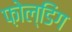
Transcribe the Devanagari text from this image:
फ़ोल्डिंग